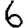
Digit: 6